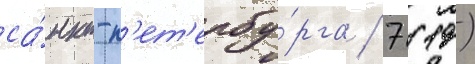
са́нкт-п'ет'ербу́рга / 7 (19)